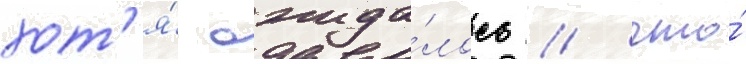
хот'я́ ожида́лось / что́